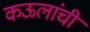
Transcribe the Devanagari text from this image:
कऊलांची